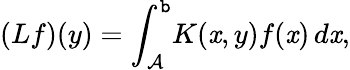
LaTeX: (Lf)(y)=\int_{\mathcal{A}}^{\mathtt{b}}\! K(\mathit{x},y)f(\mathit{x})\, d\mathit{x},